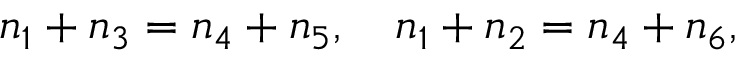
n _ { 1 } + n _ { 3 } = n _ { 4 } + n _ { 5 } , ~ ~ ~ n _ { 1 } + n _ { 2 } = n _ { 4 } + n _ { 6 } ,